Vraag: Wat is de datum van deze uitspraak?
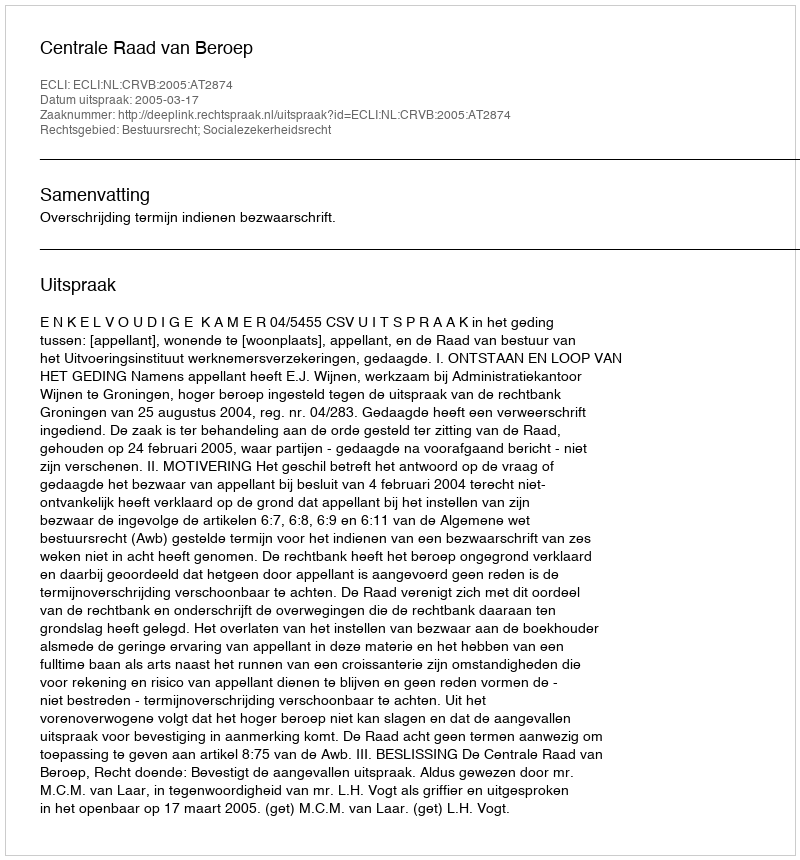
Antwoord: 2005-03-17